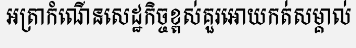
អត្រាកំណើនសេដ្ឋកិច្ចខ្ពស់គួរអោយកត់សម្គាល់